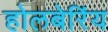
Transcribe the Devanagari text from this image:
होलबेरिंय